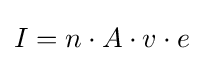
I=n\cdot A\cdot v\cdot e